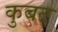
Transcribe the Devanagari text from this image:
कुबट